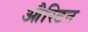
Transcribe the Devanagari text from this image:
औस्टिन